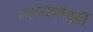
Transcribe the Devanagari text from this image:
महाराजांपूर्वी